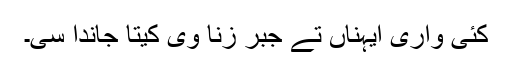
کئی واری ایہناں تے جبر زنا وی کیتا جاندا سی۔